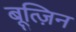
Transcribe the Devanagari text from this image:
बूत्ज़िन